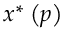
x ^ { \ast } \left( p \right)